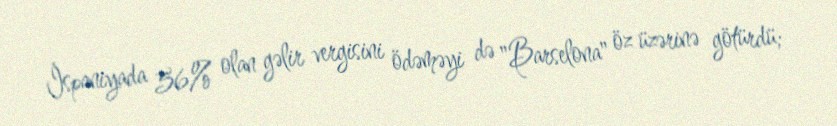
İspaniyada 56% olan gəlir vergisini ödəməyi də "Barselona" öz üzərinə götürdü;